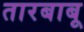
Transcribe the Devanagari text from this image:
तारबाबू